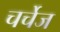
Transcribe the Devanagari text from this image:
चर्चेज